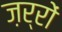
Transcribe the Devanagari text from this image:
ज़र्रों